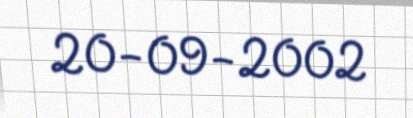
20-09-2002